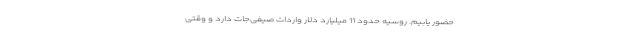
حضور یابیم. روسیه حدود 11 میلیارد دلار واردات صیفی‌جات دارد و وقتی